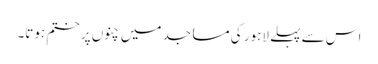
اس سے پہلے لاہور کی مساجد میں چنوں پر ختم ہوتا۔